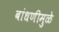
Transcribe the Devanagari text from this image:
बांधणीमुळे